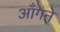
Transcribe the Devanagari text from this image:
आँगने